Maali_päevik, lk 160
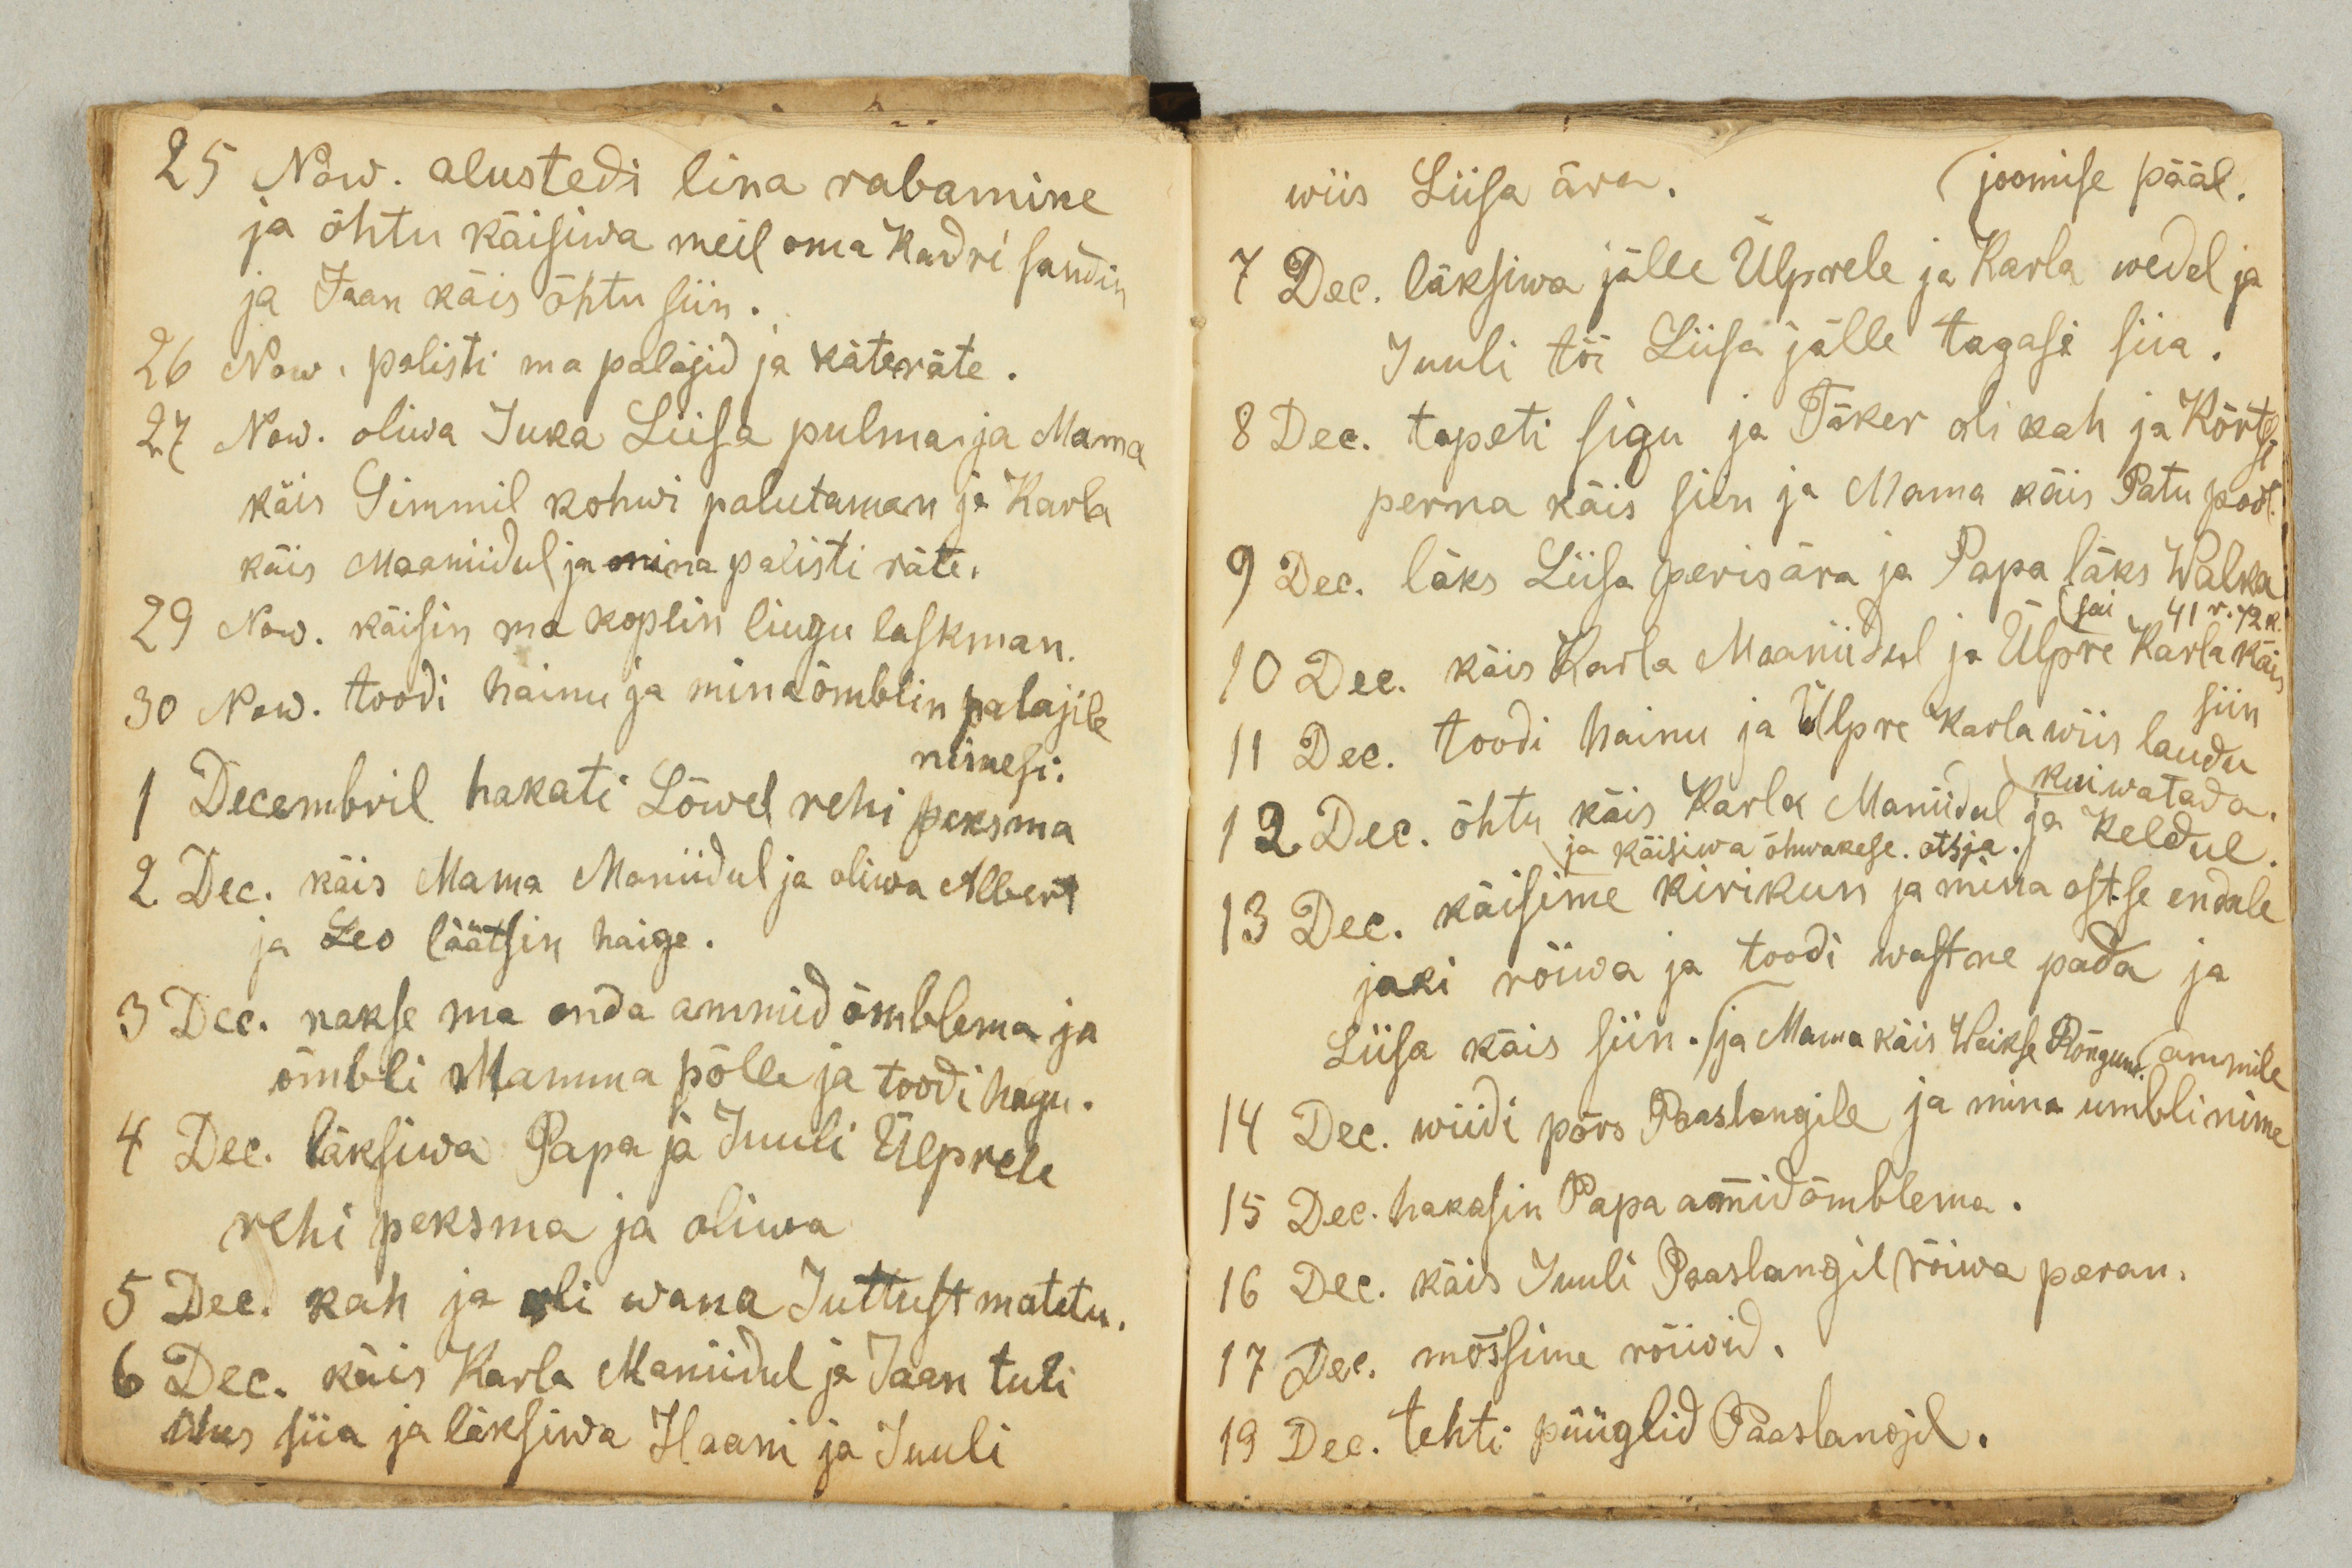
25 Now. alustedi lina rabamine
ja õhtu käisiwa meil oma Kadri sandin
ja Jaan käis õhtu siin.
26 Now. palisti ma palajid ja käteräte.
27 Now. oliwa Juka Liisa pulma ja Mama
käis Simmil kohwi palutaman ja Karla
käis Maaniidul ja mina palisti räte.
29 Now. käisin ma koplin liugu laskman.
30 Now. toodi hainu ja mina õmblin palajile
nimesi.
1 Decembril hakati Lõwel rehi peksma
2 Dec. käis Mama Maniidul ja oliwa Albert
ja Leo läätsin haige.
3 Dec. hakse ma enda ammid õmblema ja
õmbli Mamma põlle ja toodi hagu.
4 Dec. läksiwa Papa ja Juuli Ülprele
rehi peksma ja oliwa
5 Dec. kah ja oli wana Juttust matetu.
6 Dec. käis Karla Maniidul ja Jaan tuli
ühes siia ja läksiwa Haani ja Juuli

wiis Liisa ära.
joomise pääl.
7 Dec. läksiwa jälle Ülprele ja Karla wedel ja
Juuli tõi Liisa jälle tagasi siia.
8 Dec. tapeti sigu ja Täker oli kah ja Kõrtsi
perna käis siin ja Mama käis Patu pool.
9 Dec. läks Liisa peris ära ja Papa läks Walka
sai 41 r. 72 k.
10 Dec. käis Karla Maaniidul ja Ülpre Karla käis
siin
11 Dec. toodi hainu ja Ülpre Karla wiis laudu
kuiwatada.
12 Dec. õhtu käis Karla Maniidul ja Keldul.
ja käisiwa ühwakese otsja.
13 Dec. käisime kirikun ja mina ostse endale
jaki rõiwa ja toodi wastne pada ja
Liisa käis siin. ja Mama käis Weikse Rõngun. ammile
14 Dec. wiidi põrs Paaslangile ja mina umbli nime
15 Dec. hakasin Papa ammid õmblema.
16 Dec. käis Juuli Paaslangil rõiwa peran.
17 Dec. mõssime rõiwid.
19 Dec. tehti püüglid Paaslangil.